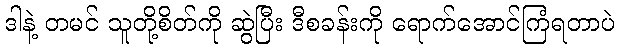
ဒါနဲ့ တမင် သူတို့စိတ်ကို ဆွဲပြီး ဒီစခန်းကို ရောက်အောင်ကြံရတာပဲ